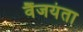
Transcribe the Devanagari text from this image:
वैंजयंता